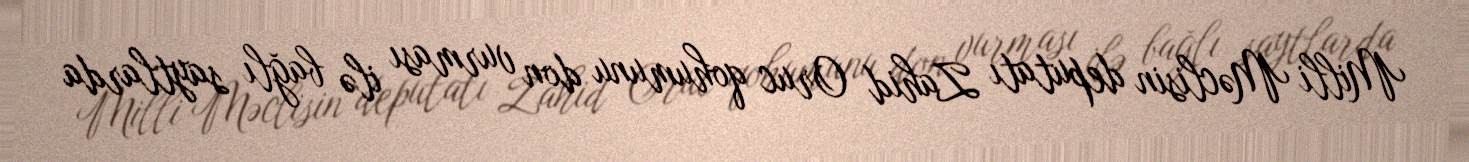
Milli Məclisin deputatı Zahid Oruc qohumunu don vurması ilə bağlı saytlarda